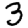
Digit: 3